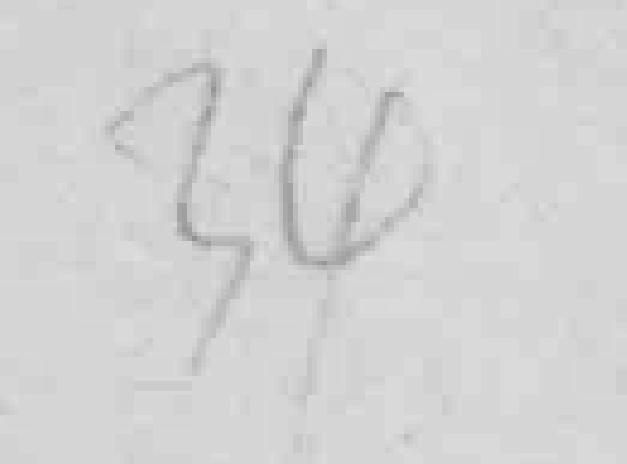
34